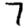
Digit: 7